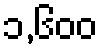
၁,၆၀၀